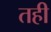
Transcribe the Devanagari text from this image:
तही